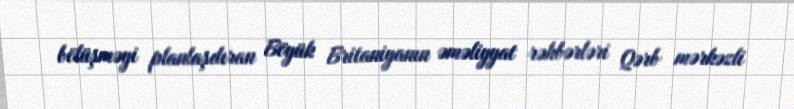
bölüşməyi planlaşdıran Böyük Britaniyanın əməliyyat rəhbərləri Qərb mərkəzli